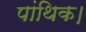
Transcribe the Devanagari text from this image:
पांथिक।